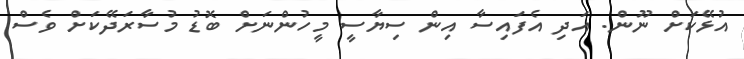
އުޅޭކަށް ނޫން. އަދި އެފައިސާ އިން ސިޔާސީ މީހުންނަށް ބޮޑު މުސާރަދޭކަަށް ވެސް